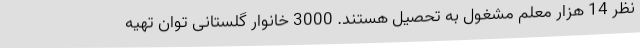
نظر 14 هزار معلم مشغول به تحصیل هستند. 3000 خانوار گلستانی توان تهیه